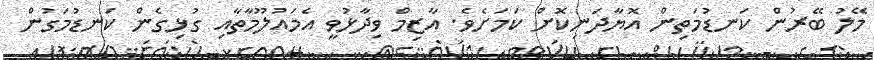
މޭލު ބޭރުން ކަނޑުމަތިން އޮޔާދަނިކޮށް ކަމަށެވެ. އާޒިމް ވިދާޅުވީ އެމައުލޫމާތާއި ގުޅިގެން ކަނޑުމަގުން